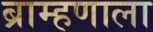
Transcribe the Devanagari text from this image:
ब्राम्हणाला